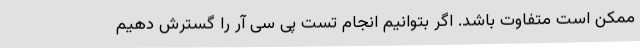
ممکن است متفاوت باشد. اگر بتوانیم انجام تست پی سی آر را گسترش دهیم